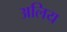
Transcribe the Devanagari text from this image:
अलिय